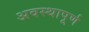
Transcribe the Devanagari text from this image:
अवस्थापूर्ण